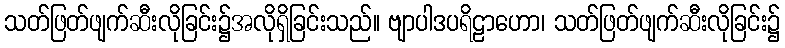
သတ်ဖြတ်ဖျက်ဆီးလိုခြင်း၌အလိုရှိခြင်းသည်။ ဗျာပါဒပရိဠာဟော၊ သတ်ဖြတ်ဖျက်ဆီးလိုခြင်း၌